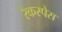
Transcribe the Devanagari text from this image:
रैकस्पेस